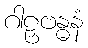
ဂါဠှဗန္ဓနံ